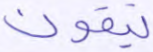
يتقون